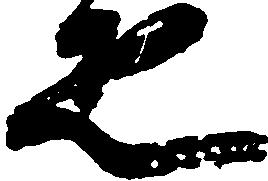
疋